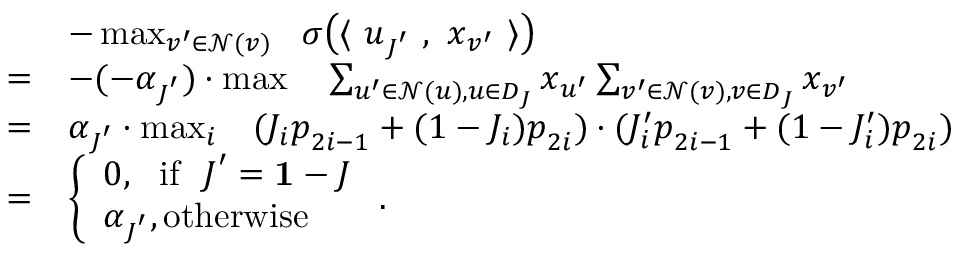
\begin{array} { r l } & { - \operatorname* { m a x } _ { v ^ { \prime } \in \mathcal { N } ( v ) } ~ ~ \sigma \big ( \langle ~ { \boldsymbol u } _ { { \boldsymbol J } ^ { \prime } } ~ , ~ { \boldsymbol x } _ { v ^ { \prime } } ~ \rangle \big ) } \\ { = } & { - ( - \alpha _ { { \boldsymbol J } ^ { \prime } } ) \cdot \operatorname* { m a x } ~ ~ ~ \sum _ { u ^ { \prime } \in \mathcal { N } ( u ) , u \in D _ { \boldsymbol J } } { \boldsymbol x } _ { u ^ { \prime } } \sum _ { v ^ { \prime } \in \mathcal { N } ( v ) , v \in D _ { \boldsymbol J } } { \boldsymbol x } _ { v ^ { \prime } } } \\ { = } & { \alpha _ { { \boldsymbol J } ^ { \prime } } \cdot \operatorname* { m a x } _ { i } ~ ~ ~ ( J _ { i } { \boldsymbol p } _ { 2 i - 1 } + ( 1 - J _ { i } ) { \boldsymbol p } _ { 2 i } ) \cdot ( J _ { i } ^ { \prime } { \boldsymbol p } _ { 2 i - 1 } + ( 1 - J _ { i } ^ { \prime } ) { \boldsymbol p } _ { 2 i } ) } \\ { = } & { \left\{ \begin{array} { l l } { 0 , \mathrm { ~ ~ i f ~ ~ } { \boldsymbol J } ^ { \prime } = { { \bf 1 } } - { \boldsymbol J } } \\ { \alpha _ { { \boldsymbol J } ^ { \prime } } , \mathrm { o t h e r w i s e } } \end{array} \right. . } \end{array}